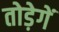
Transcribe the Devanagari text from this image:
तोड़ेगें